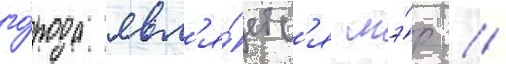
го́рода явл'я́етс'я мэ́р /